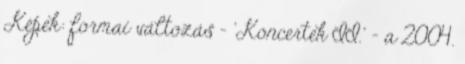
Képek: formai változás - 'Koncertek II.' - a 2004.